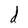
Character: d